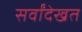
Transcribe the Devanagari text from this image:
सर्वांदेखत